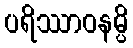
ပရိဿာဝနမ္ပိ